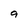
Character: 9